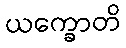
ယက္ခောတိ